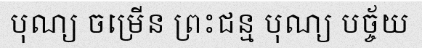
បុណ្យ ចម្រើន ព្រះជន្ម បុណ្យ បច្ច័យ